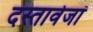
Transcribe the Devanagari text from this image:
दस्तावेजां